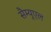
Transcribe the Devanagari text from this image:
सैम्‍यूएल